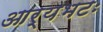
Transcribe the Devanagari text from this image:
आर्यभटः